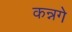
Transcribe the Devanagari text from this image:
कन्नगे